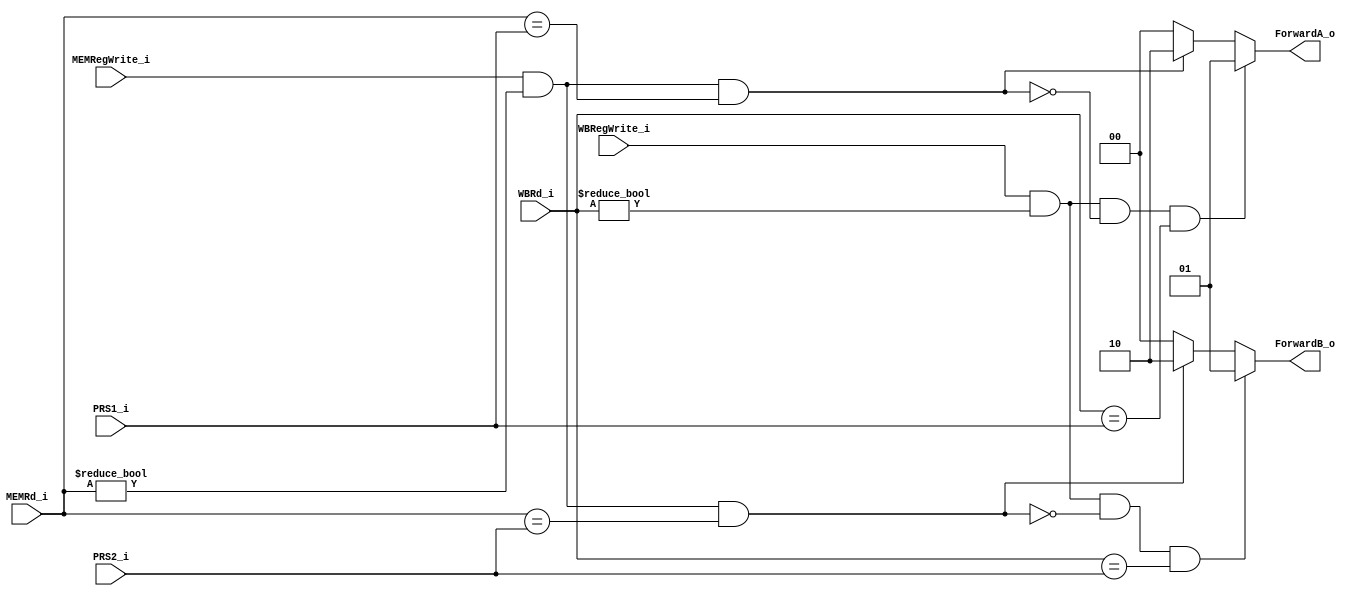
//Done
module ForwardingUnit
(
    PRS1_i,PRS2_i, MEMRd_i, WBRegWrite_i, WBRd_i, MEMRegWrite_i, ForwardA_o, ForwardB_o
);

input [4:0] PRS1_i,PRS2_i,MEMRd_i,WBRd_i;
input MEMRegWrite_i,WBRegWrite_i;

output [1:0] ForwardA_o,ForwardB_o;
reg[1:0] ForwardA_r,ForwardB_r;

assign ForwardA_o=ForwardA_r,ForwardB_o=ForwardB_r;

always @ (*) begin
    ForwardA_r=2'b00;
    ForwardB_r=2'b00;
    if (MEMRegWrite_i && (MEMRd_i!=0) && (MEMRd_i==PRS1_i)) begin
        ForwardA_r=2'b10;
    end
    if (MEMRegWrite_i && (MEMRd_i!=0) && (MEMRd_i==PRS2_i)) begin
        ForwardB_r=2'b10;
    end
    if(WBRegWrite_i && (WBRd_i!=0) &&  !(MEMRegWrite_i && (MEMRd_i!=0) && (MEMRd_i==PRS1_i)) && (WBRd_i==PRS1_i)) begin
        ForwardA_r=2'b01;
    end
    if(WBRegWrite_i && (WBRd_i!=0) && !(MEMRegWrite_i && (MEMRd_i!=0) && (MEMRd_i==PRS2_i)) && (WBRd_i==PRS2_i)) begin
        ForwardB_r=2'b01;
    end
end
endmodule